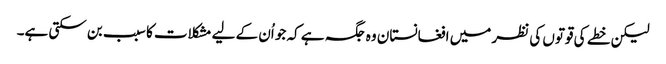
لیکن خطے کی قوتوں کی نظر میں افغانستان وہ جگہ ہے کہ جو اُن کے لیے مشکلات کا سبب بن سکتی ہے۔